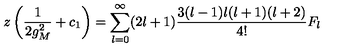
z \left( \frac { 1 } { 2 g _ { M } ^ { 2 } } + c _ { 1 } \right) = \sum _ { l = 0 } ^ { \infty } ( 2 l + 1 ) \frac { 3 ( l - 1 ) l ( l + 1 ) ( l + 2 ) } { 4 ! } F _ { l }